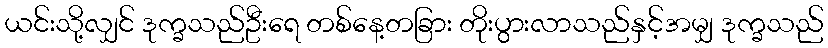
ယင်းသို့လျှင် ဒုက္ခသည်ဦးရေ တစ်နေ့တခြား တိုးပွားလာသည်နှင့်အမျှ ဒုက္ခသည်